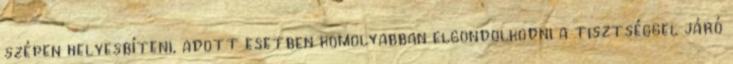
szépen helyesbíteni, adott esetben komolyabban elgondolkodni a tisztséggel járó